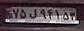
۷۵ل۹۴۱۵۳